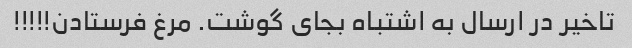
تاخیر در ارسال به اشتباه بجای گوشت. مرغ فرستادن!!!!!